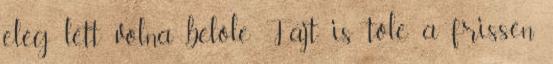
elég lett volna belőle. Fájt is tőle a frissen